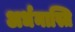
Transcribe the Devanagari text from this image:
अर्धनास्ति